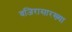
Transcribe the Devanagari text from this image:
वजिरासारख्या